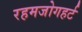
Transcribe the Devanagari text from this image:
रहमजोगहर्ट